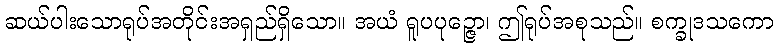
ဆယ်ပါးသောရုပ်အတိုင်းအရှည်ရှိသော။ အယံ ရူပပုဉ္ဇော၊ ဤရုပ်အစုသည်။ စက္ခုဒသကော